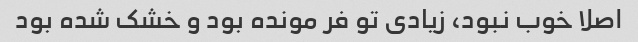
اصلا خوب نبود، زیادی تو فر مونده بود و خشک شده بود